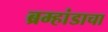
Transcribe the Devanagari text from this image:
ब्रम्हांडाचा